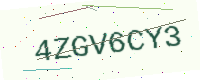
Text: 4ZGV6CY3